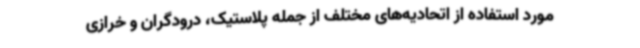
مورد استفاده از اتحادیه‌های مختلف از جمله پلاستیک، درودگران و خرازی